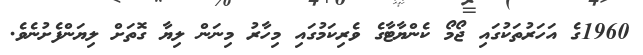
1960ގެ އަހަރުތަކުގައި ޖޯމޯ ކެންޔާޓާގެ ވެރިކަމުގައި މިހާރު މިނަން ލިޔާ ގޮތަށް ލިޔަންފެށުނެވެ.